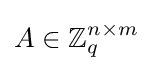
A\in \mathbb {Z} _{q}^{n\times m}